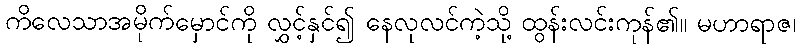
ကိလေသာအမိုက်မှောင်ကို လွှင့်နှင်၍ နေလုလင်ကဲ့သို့ ထွန်းလင်းကုန်၏။ မဟာရာဇ၊